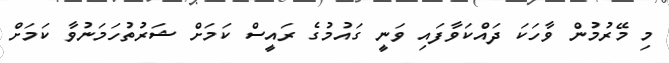
މި މޭރުމުން ވާހަކަ ދައްކަވާފައި ވަނީ ގައުމުގެ ރައީސް ކަމަށް ޝަރުތުހަމަނުވާ ކަމަށް